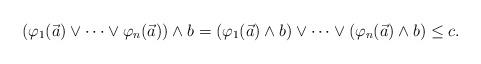
LaTeX: \begin{align*}(\varphi_1(\vec{a}) \lor \dots \lor \varphi_n(\vec{a})) \land b = (\varphi_1(\vec{a}) \land b) \lor \dots \lor(\varphi_n(\vec{a}) \land b) \leq c.\end{align*}